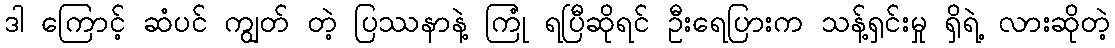
ဒါ ကြောင့် ဆံပင် ကျွတ် တဲ့ ပြဿနာနဲ့ ကြုံ ရပြီဆိုရင် ဦးရေပြားက သန့်ရှင်းမှု ရှိရဲ့ လားဆိုတဲ့